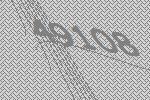
49108